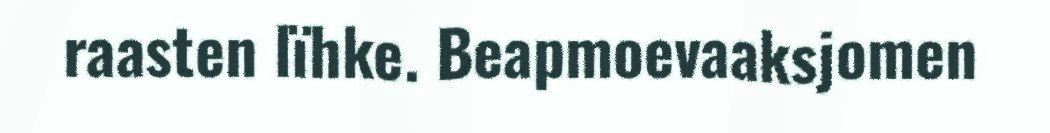
raasten lïhke. Beapmoevaaksjomen